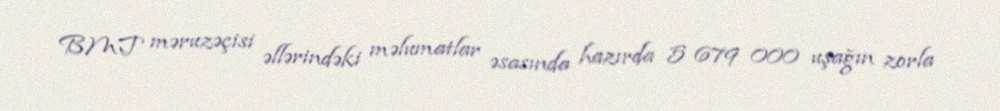
BMT məruzəçisi əllərindəki məlumatlar əsasında hazırda 5 679 000 uşağın zorla